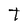
Character: t